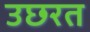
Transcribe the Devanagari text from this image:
उछरत